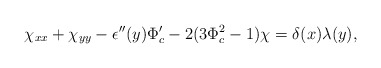
\begin{align*}\chi_{xx}+\chi_{yy}-\epsilon''(y)\Phi_c'-2(3\Phi_c^2-1)\chi=\delta(x)\lambda(y),\end{align*}